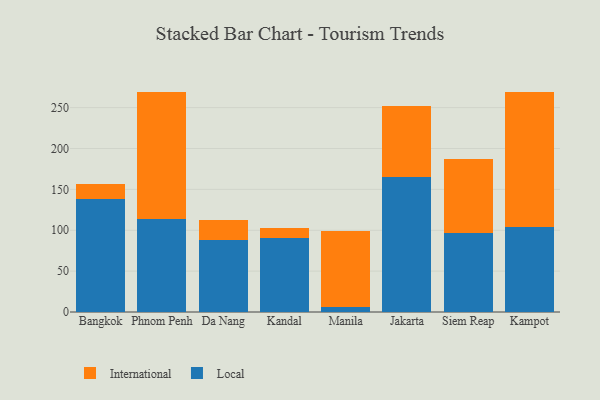
{"axis": {"x": "City", "y": "Waste Production (Tons)"}, "legend": ["International", "Local"], "data": [{"x": "Bangkok", "y": 138.5, "type": "Local"}, {"x": "Bangkok", "y": 17.9, "type": "International"}, {"x": "Phnom Penh", "y": 113.3, "type": "Local"}, {"x": "Phnom Penh", "y": 156.1, "type": "International"}, {"x": "Da Nang", "y": 88.1, "type": "Local"}, {"x": "Da Nang", "y": 25.0, "type": "International"}, {"x": "Kandal", "y": 90.0, "type": "Local"}, {"x": "Kandal", "y": 13.2, "type": "International"}, {"x": "Manila", "y": 5.6, "type": "Local"}, {"x": "Manila", "y": 93.8, "type": "International"}, {"x": "Jakarta", "y": 164.9, "type": "Local"}, {"x": "Jakarta", "y": 86.7, "type": "International"}, {"x": "Siem Reap", "y": 96.2, "type": "Local"}, {"x": "Siem Reap", "y": 91.3, "type": "International"}, {"x": "Kampot", "y": 104.1, "type": "Local"}, {"x": "Kampot", "y": 165.5, "type": "International"}]}